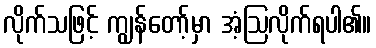
လိုက်သဖြင့် ကျွန်တော့်မှာ အံ့ဩလိုက်ရပါ၏။